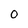
Character: 0